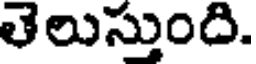
తెలుస్తుంది.